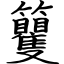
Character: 籰